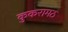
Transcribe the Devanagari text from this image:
कुकरामठ